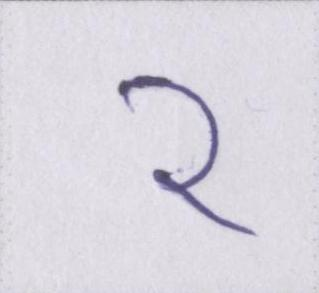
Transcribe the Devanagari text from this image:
२